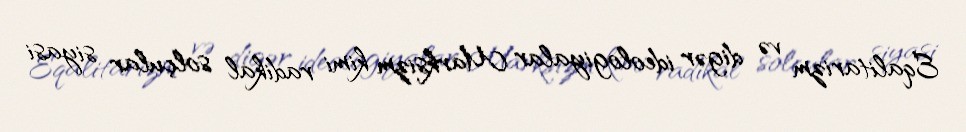
Eqalitarizm və digər ideologiyalar Marksizm kimi radikal solçular siyasi